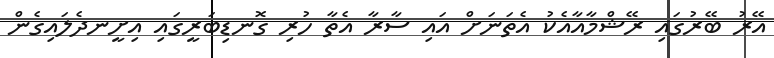
އޭރު ބޭރުގައި ރޭޝްމާއާއެކު އެތަނަށް އައި ސާރާ އެތާ ހުރި ގޮނޑިބަރީގައި އިށީނދެލައިގެން